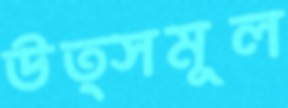
উত্সমূল